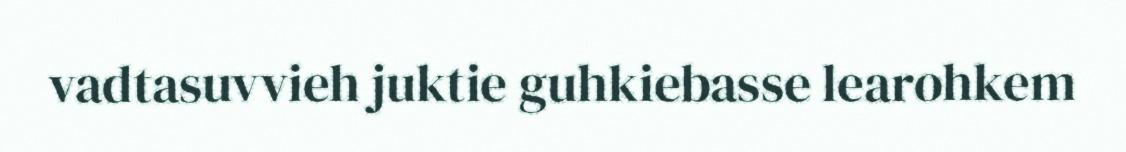
vadtasuvvieh juktie guhkiebasse learohkem